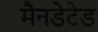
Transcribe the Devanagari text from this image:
मैनडेटेड